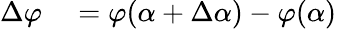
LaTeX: \begin{array}{rl}{\Delta\varphi}&{{}=\varphi(\alpha+\Delta\alpha)-\varphi(\alpha)}\end{array}